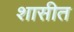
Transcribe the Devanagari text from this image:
शासीत